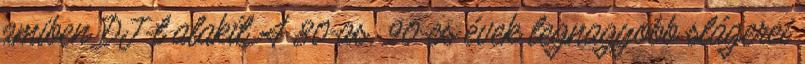
amiben DJ-t alakít A 80-as, 90-es évek legnagyobb slágerei